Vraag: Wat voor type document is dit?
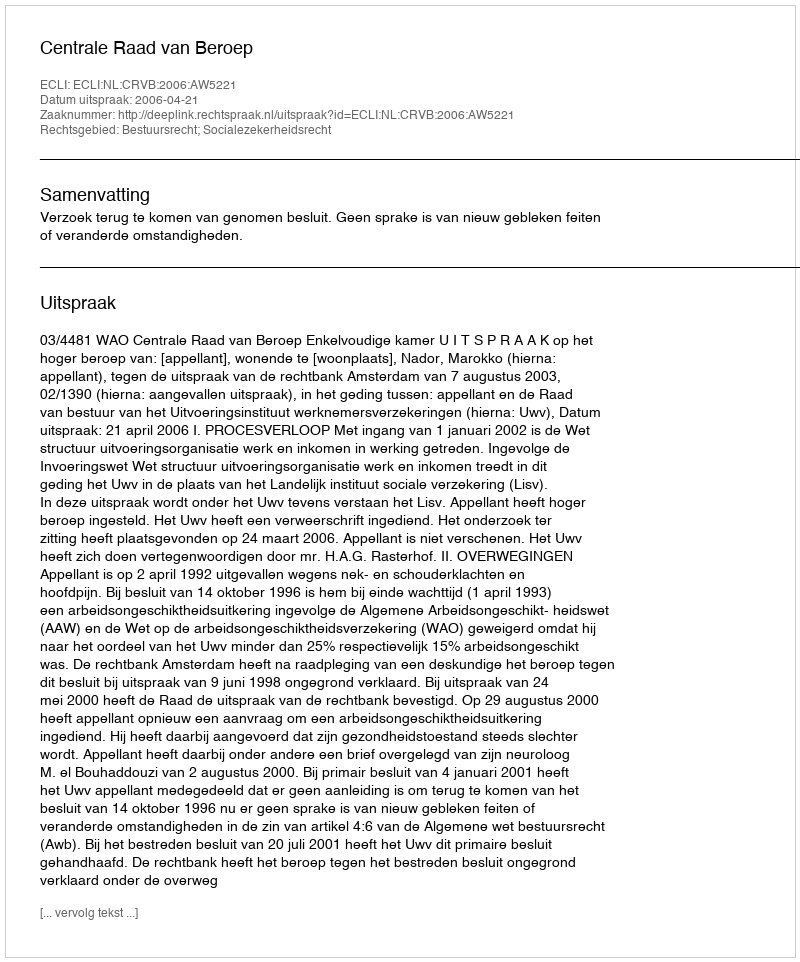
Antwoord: Uitspraak